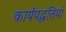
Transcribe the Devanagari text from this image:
कार्यपद्धतियां